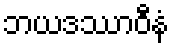
ဘယဒဿာဝီနံ